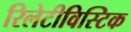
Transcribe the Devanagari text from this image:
रिलेटीविस्टिक